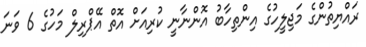
ރައްޔިތުންގެ މަޖިލީހުގެ އިންތިހާބު އޮންނާނީ ކުރިއަށް އޮތް އޭޕްރިލް މަހުގެ 6 ވަނަ